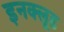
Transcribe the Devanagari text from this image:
इनक्लूड